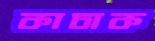
কাচাক